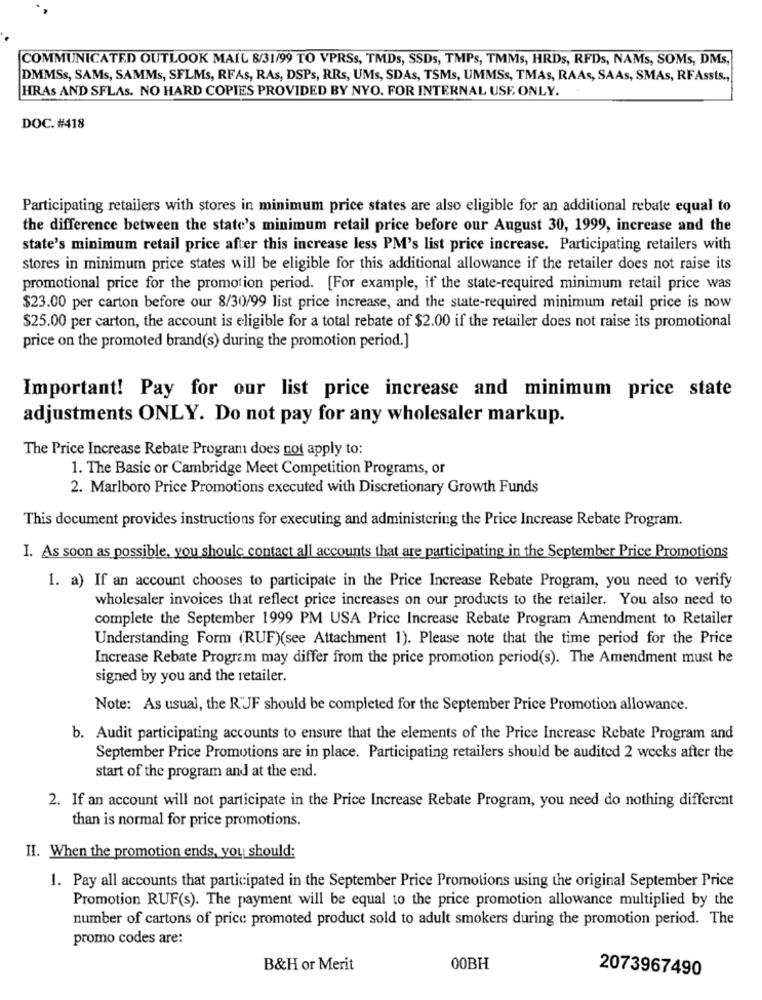
COMMUNICATED OUTLOOK MAIL 8/31/99 TO VPRSs, TMDs, SSDs, TMPs, TMMs, HRDs, RFDs, NAMs, SOMs, DMs,
DMMSs, SAMs, SAMMs, SFLMs, RFAs, RAs, DSPs, RRs, UMs, SDAs, TSMs, UMMSs, TMAs, RAAs, SAAs, SMAs, RFAssts .,
HRAS AND SFLAS. NO HARD COPIES PROVIDED BY NYO. FOR INTERNAL USE ONLY.
DOC. #418
Participating retailers with stores in minimum price states are also eligible for an additional rebate equal to
the difference between the state's minimum retail price before our August 30, 1999, increase and the
state's minimum retail price after this increase less PM's list price increase. Participating retailers with
stores in minimum price states will be eligible for this additional allowance if the retailer does not raise its
promotional price for the promotion period. [For example, if the state-required minimum retail price was
$23.00 per carton before our 8/30/99 list price increase, and the state-required minimum retail price is now
$25.00 per carton, the account is eligible for a total rebate of $2.00 if the retailer does not raise its promotional
price on the promoted brand(s) during the promotion period.]
Important! Pay for our list price increase and minimum price state
adjustments ONLY. Do not pay for any wholesaler markup.
The Price Increase Rebate Program does not apply to:
1. The Basic or Cambridge Meet Competition Programs, or
2. Marlboro Price Promotions executed with Discretionary Growth Funds
This document provides instructions for executing and administering the Price Increase Rebate Program.
I. As soon as possible, you should contact all accounts that are participating in the September Price Promotions
1. a) If an account chooses to participate in the Price Increase Rebate Program, you need to verify
wholesaler invoices that reflect price increases on our products to the retailer. You also need to
complete the September 1999 PM USA Price Increase Rebate Program Amendment to Retailer
Understanding Form (RUF)(see Attachment 1). Please note that the time period for the Price
Increase Rebate Program may differ from the price promotion period(s). The Amendment must be
signed by you and the retailer.
Note: As usual, the R'JF should be completed for the September Price Promotion allowance.
b. Audit participating accounts to ensure that the elements of the Price Increase Rebate Program and
September Price Promotions are in place. Participating retailers should be audited 2 weeks after the
start of the program and at the end.
2. If an account will not participate in the Price Increase Rebate Program, you need do nothing different
than is normal for price promotions.
II. When the promotion ends, you should:
1. Pay all accounts that participated in the September Price Promotions using the original September Price
Promotion RUF(s). The payment will be equal to the price promotion allowance multiplied by the
number of cartons of price promoted product sold to adult smokers during the promotion period. The
promo codes are:
B&H or Merit
00BH
2073967490